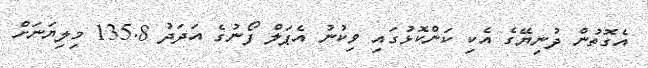
އެގޮތުން ދުނިޔޭގެ އެކި ކަންކޮޅުގައި ވިކުނު އެޕަލް ފޯނުގެ އަދަދު 135.8 މިލިޔަނަށް